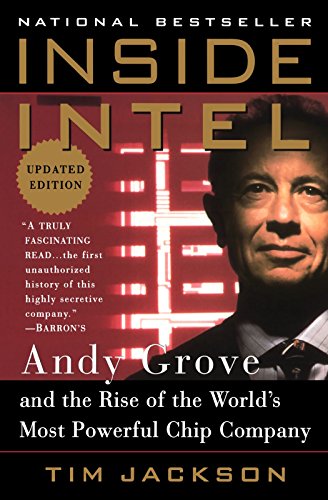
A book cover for Inside Intel: Andy Grove and the Rise of the World's Most Powerful Chip Company; Tim Jackson; Business & Money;